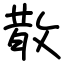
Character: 散